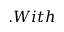
. W i t h